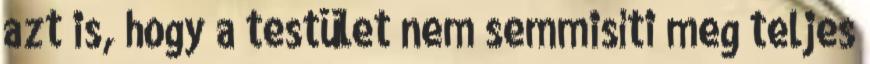
azt is, hogy a testület nem semmisíti meg teljes